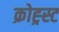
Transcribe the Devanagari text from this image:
क्रोह्र्स्ट